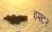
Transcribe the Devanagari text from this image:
इश्टर